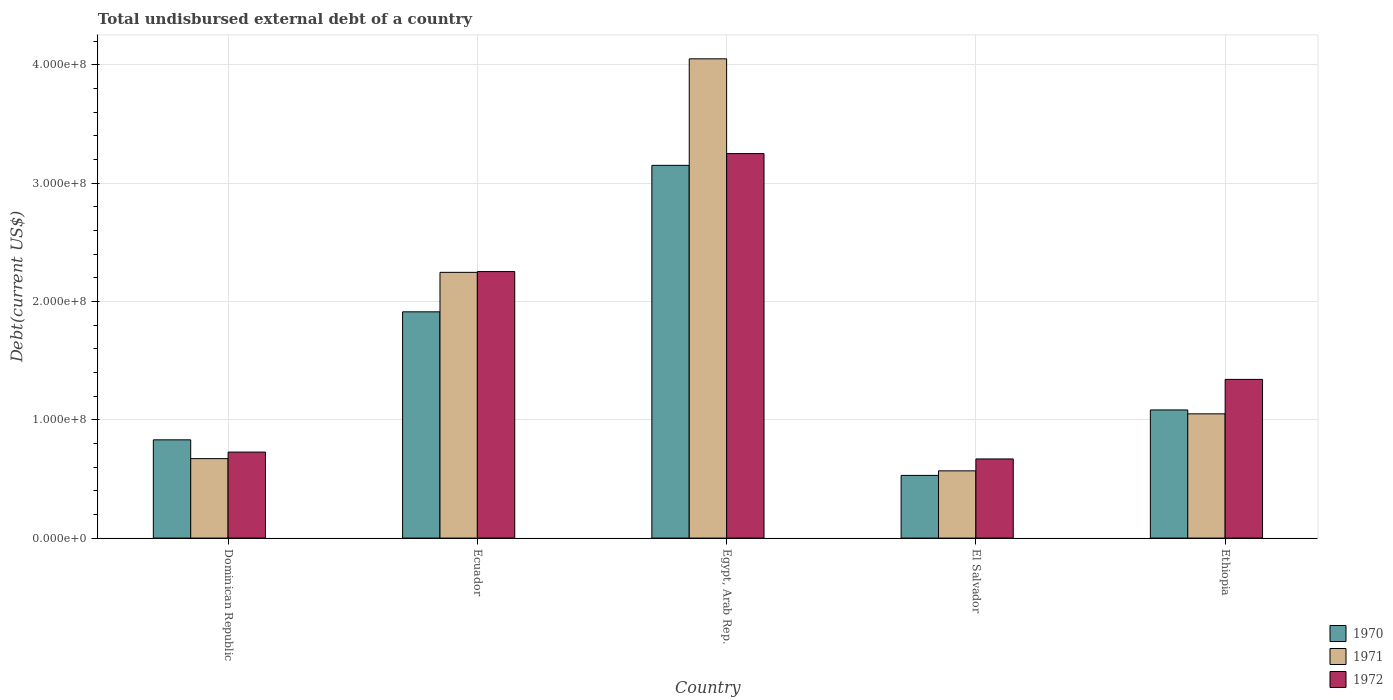
| Country | 1970 | 1971 | 1972 |
 | --- | --- | --- | --- |
 | Dominican Republic | 8.3e+07 | 6.71e+07 | 7.27e+07 |
 | Ecuador | 1.91e+08 | 2.25e+08 | 2.25e+08 |
 | Egypt, Arab Rep. | 3.15e+08 | 4.05e+08 | 3.25e+08 |
 | El Salvador | 5.3e+07 | 5.68e+07 | 6.69e+07 |
 | Ethiopia | 1.08e+08 | 1.05e+08 | 1.34e+08 |